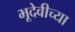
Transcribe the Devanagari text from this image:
भूदेवीच्या